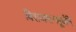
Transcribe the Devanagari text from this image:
विराजमानमूर्धनि